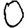
Digit: 0